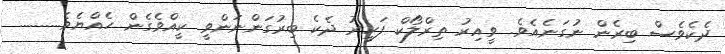
ދެކެވެސް ބިރެން ނުގަނެއެވެ. ވީއިރު ތިރްލޯކް ފަކީރު ދެކެ ބިރުގަންނަންވީ ކީއްވެގެން ހެއްޔެވެ..........